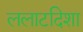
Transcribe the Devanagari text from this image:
ललाटदिशा